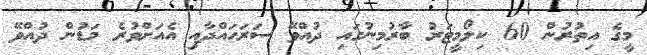
މީގެ އިތުރުން 60 ކިލޯމީޓަރު ބާރުމިނުގައި ދުއްވޭ ސަރަހައްދާއި އެއަށްވުރެ މަޑުން ދުއްވޭ